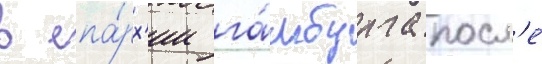
в епа́рх'ии га́мбурга посл'е